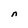
Character: n